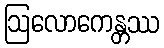
ဩလောကေန္တဿ